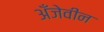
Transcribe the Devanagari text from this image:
अँजेवीन